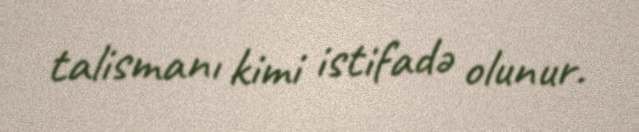
talismanı kimi istifadə olunur.